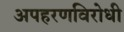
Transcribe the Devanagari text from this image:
अपहरणविरोधी